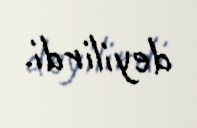
deyilirdi.